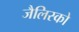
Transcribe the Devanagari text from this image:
जैलिस्को